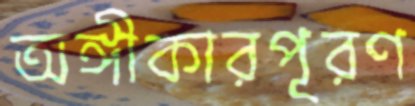
অঙ্গীকারপূরণ